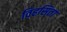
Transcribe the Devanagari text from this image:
विहसिता